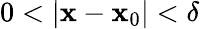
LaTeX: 0<|\mathbf{x}-\mathbf{x}_{0}|<\delta